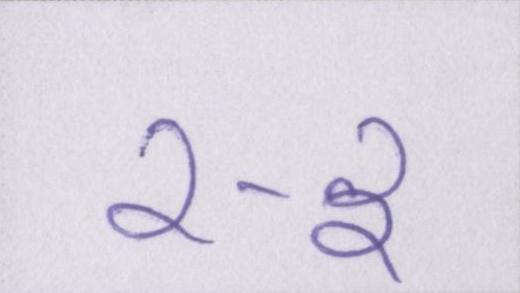
२-३